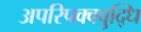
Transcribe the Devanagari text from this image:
अपरिपक्वबुद्धि